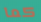
كما